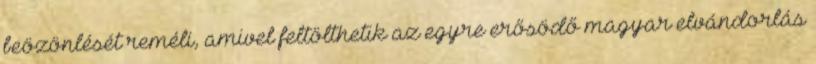
beözönlését reméli, amivel feltölthetik az egyre erősödő magyar elvándorlás